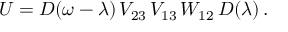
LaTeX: U = D ( \omega - \lambda ) \, V _ { 2 3 } \, V _ { 1 3 } \, W _ { 1 2 } \, D ( \lambda ) \, .